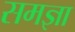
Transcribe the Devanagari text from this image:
समज्ञा